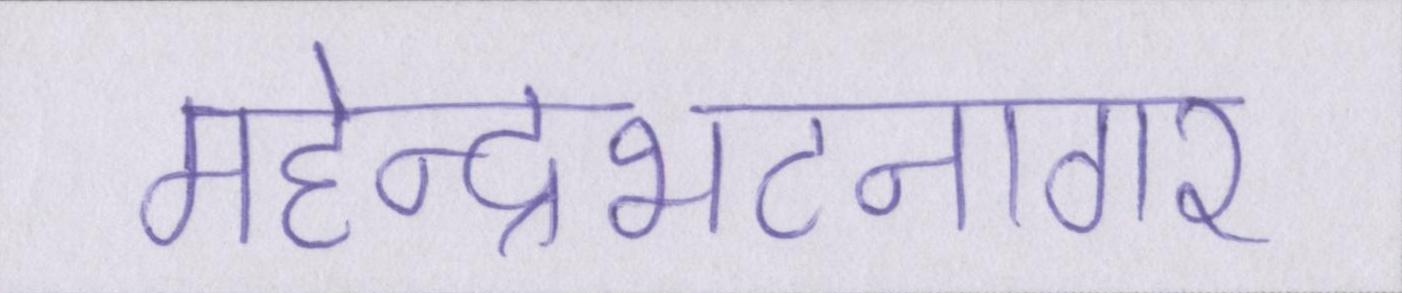
महेन्द्रभटनागर